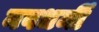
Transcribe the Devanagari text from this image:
नवधर्मी